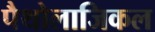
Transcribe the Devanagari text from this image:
पैथोलाजिकल